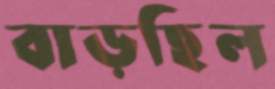
বাড়ছিল